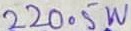
Text: 22005W